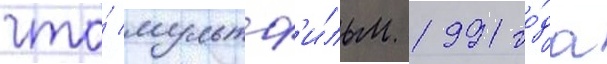
что́ мультф'и́льм 1991 го́да